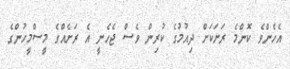
އެހެންވެ ކޮންމެ ރަށަކަށް ދިއުމުގެ ކުރިން ވެސް ޖެހެނީ އެ ރަށެއްގެ މީސްމީހުންގެ